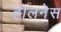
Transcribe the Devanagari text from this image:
होलनेस